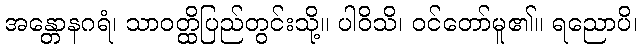
အန္တောနဂရံ၊ သာဝတ္ထိပြည်တွင်းသို့။ ပါဝိသိ၊ ဝင်တော်မူ၏။ ရညောပိ၊